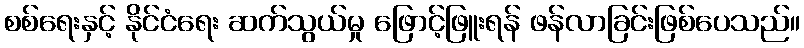
စစ်ရေးနှင့် နိုင်ငံရေး ဆက်သွယ်မှု ဖြောင့်ဖြူးရန် ဖန်လာခြင်းဖြစ်ပေသည်။